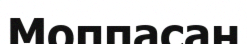
Моппасан